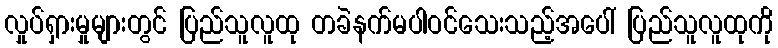
လှုပ်ရှားမှုများတွင် ပြည်သူလူထု တခဲနက်မပါဝင်သေးသည့်အပေါ် ပြည်သူလူထုကို